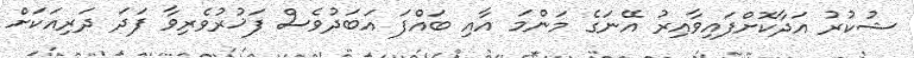
ޝުކުރު އަދާކޮށްފައިވާއިރު އޭނަގެ މަންމަ އާއި ބައްފަ އަބަދުވެސް ފަޚުރުވެރިވާ ފަދަ ދަރިއަކަށް